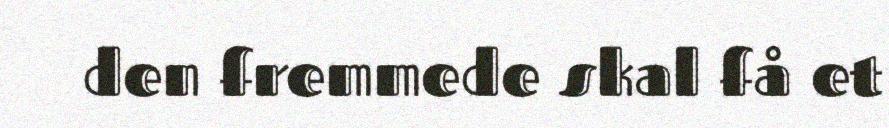
den fremmede skal få et